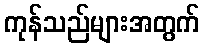
ကုန်သည်များအတွက်